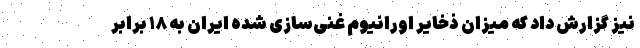
نیز گزارش داد که میزان ذخایر اورانیوم غنی‌سازی شده ایران به ۱۸ برابر